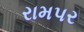
રામપર